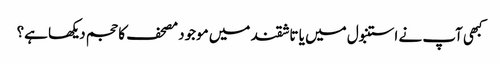
کبھی آپ نے استنبول میں یا تاشقند میں موجود مصحف کا حجم دیکھا ہے؟